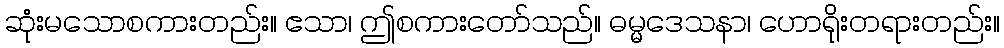
ဆုံးမသောစကားတည်း။ ဧသာ၊ ဤစကားတော်သည်။ ဓမ္မဒေသနာ၊ ဟောရိုးတရားတည်း။